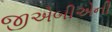
જીએબીએની